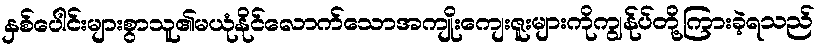
နှစ်ပေါင်းများစွာသူ၏မယုံနိုင်လောက်သောအကျိုးကျေးဇူးများကိုကျွန်ုပ်တို့ကြားခဲ့ရသည်